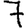
Digit: 7